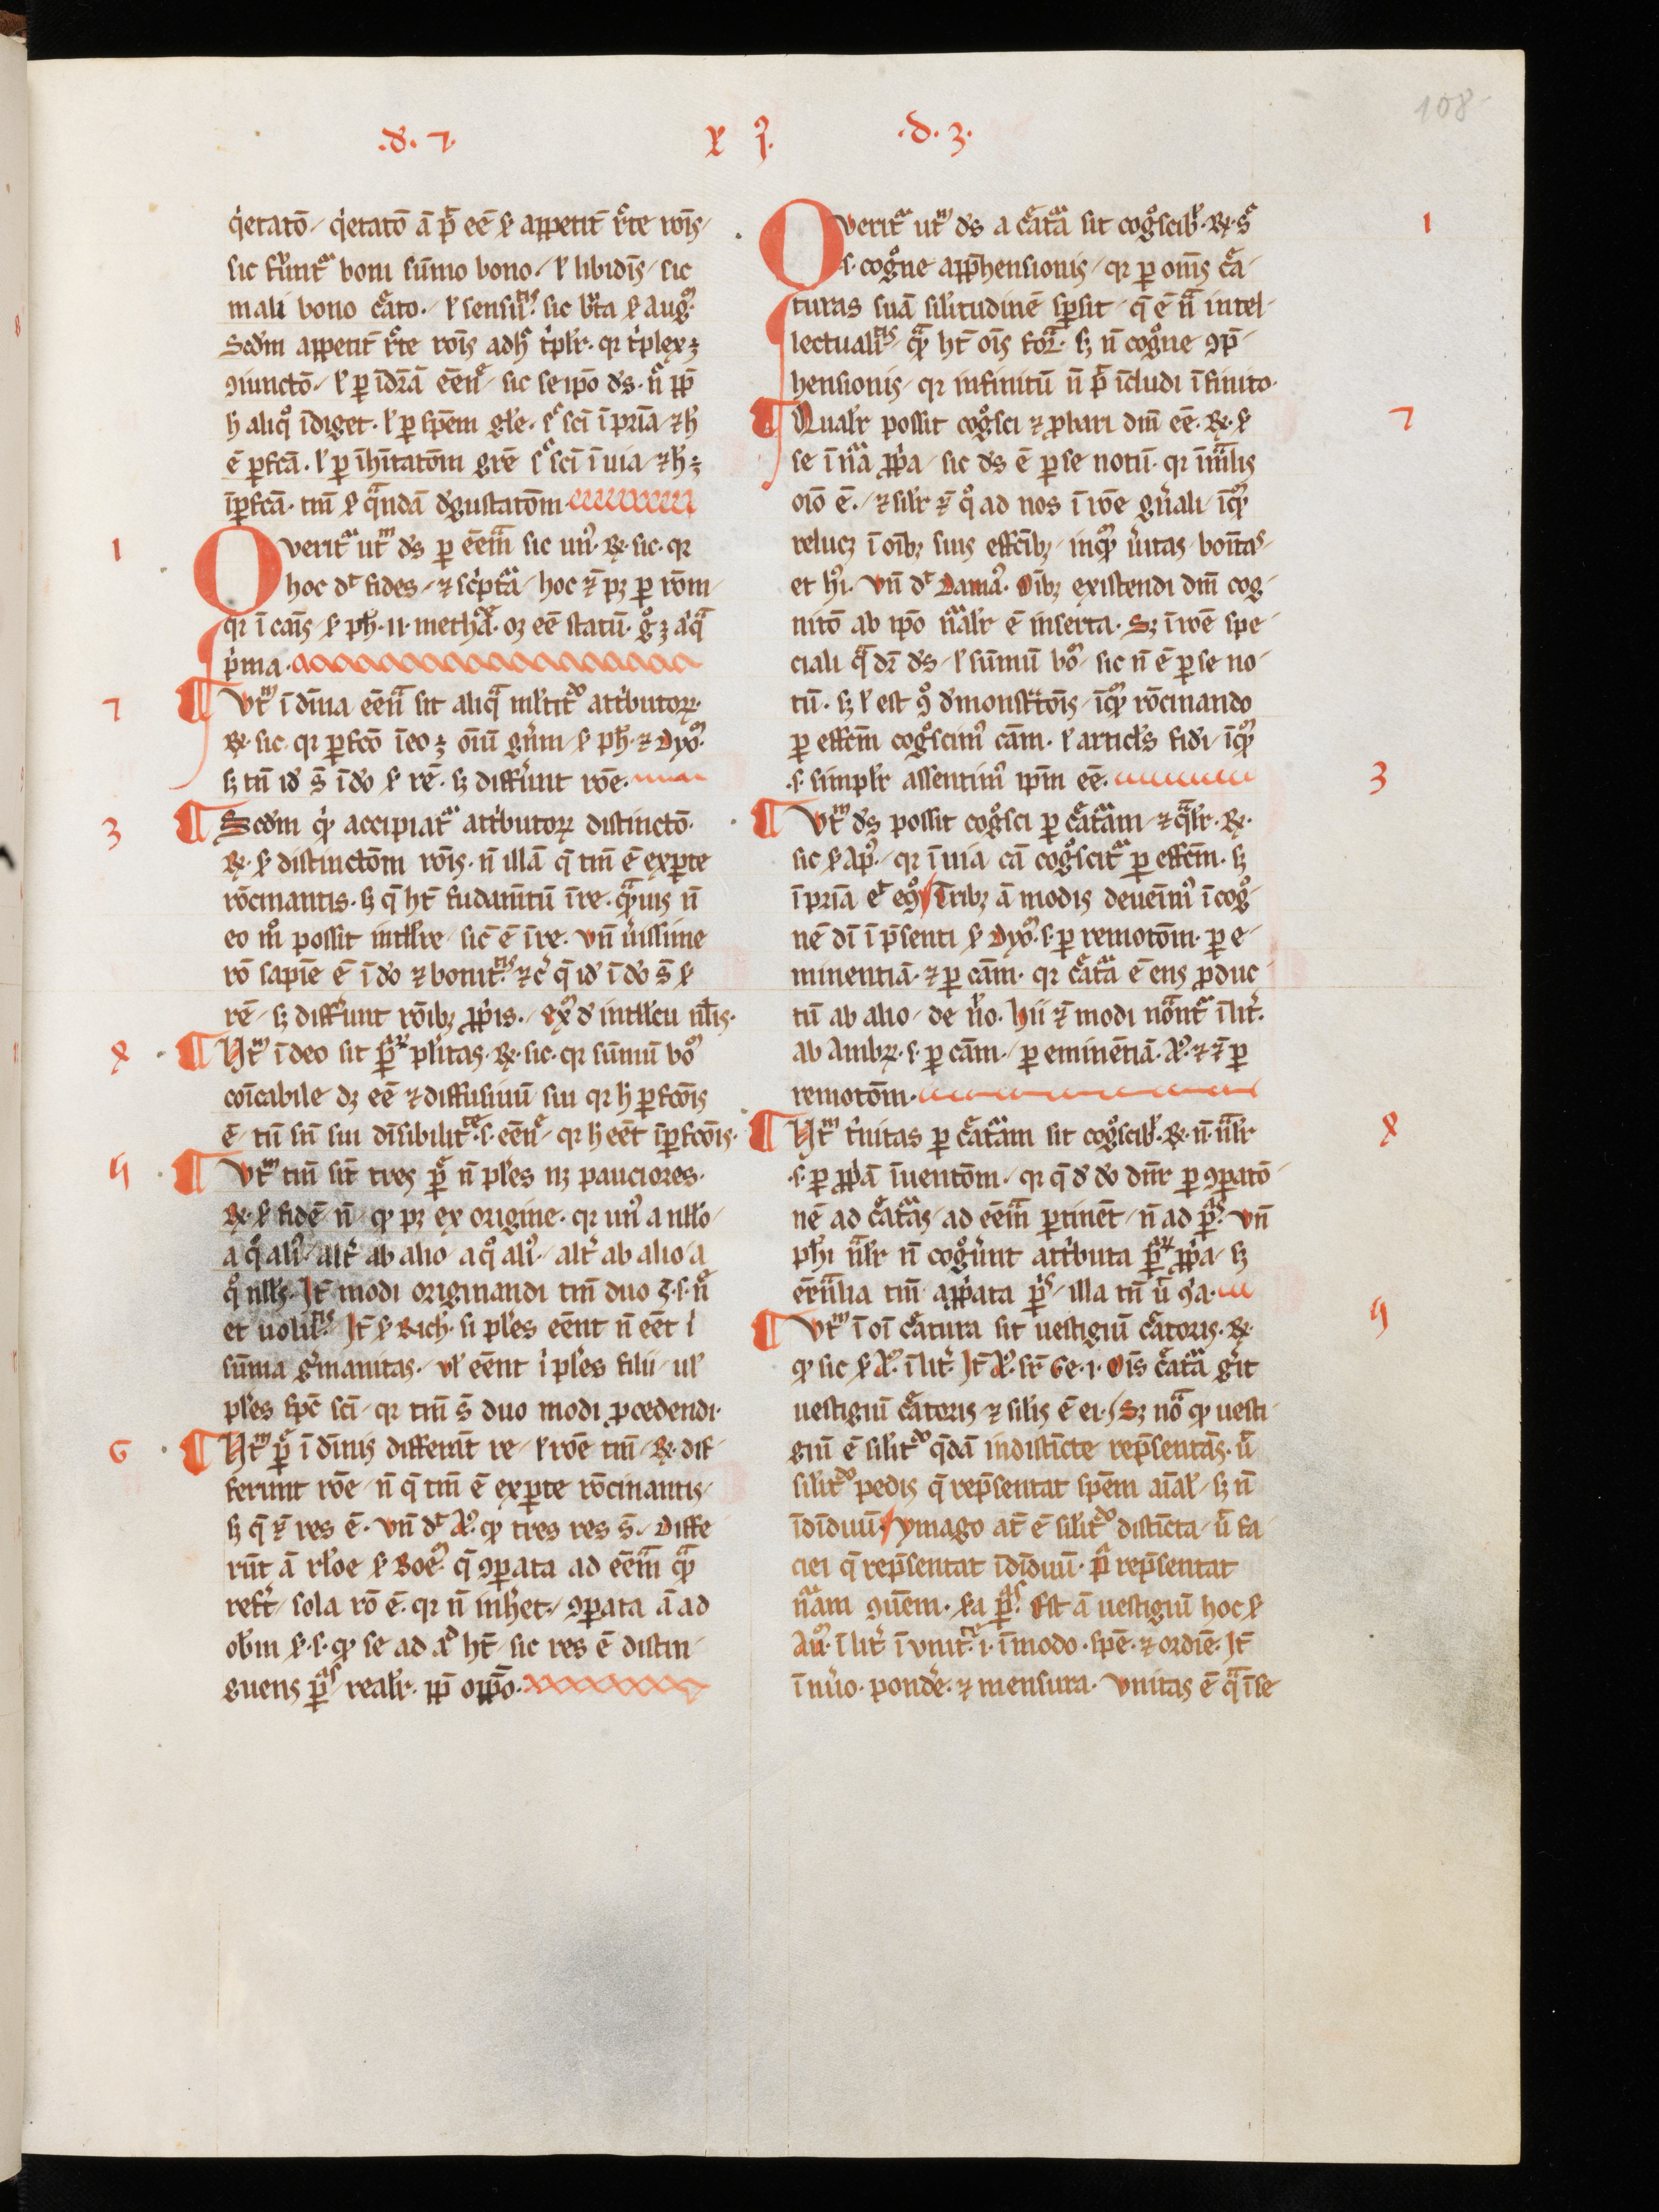
Shelfmark: Aarau, Aargauer Kantonsbibliothek, MsWettF 15
Century: 13